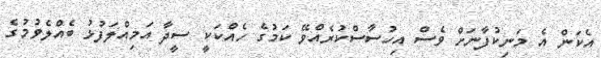
އެކަން އެ މަނިކުފާނަށް ވެސް އިހުސާސްކުރެއްވޭ ކަމުގެ ހެއްކަކީ ސީދާ އަމިއްލަފުޅު ބެއްލެވުމުގެ